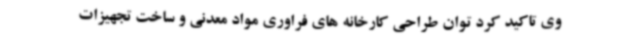
وی تاکید کرد توان طراحی کارخانه های فراوری مواد معدنی و ساخت تجهیزات